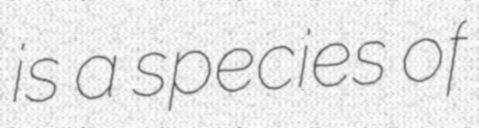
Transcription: is a species of